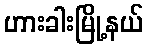
ဟားခါးမြို့နယ်